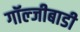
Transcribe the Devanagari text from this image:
गॉल्जीबाडी